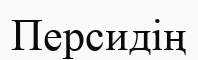
Персидің